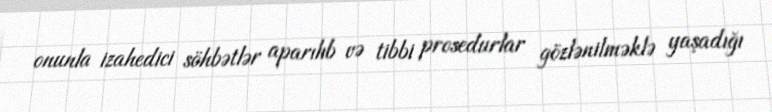
onunla izahedici söhbətlər aparılıb və tibbi prosedurlar gözlənilməklə yaşadığı